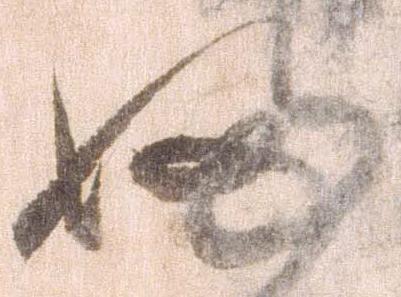
ふ